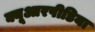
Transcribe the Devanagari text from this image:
क्यूआरपीडिया